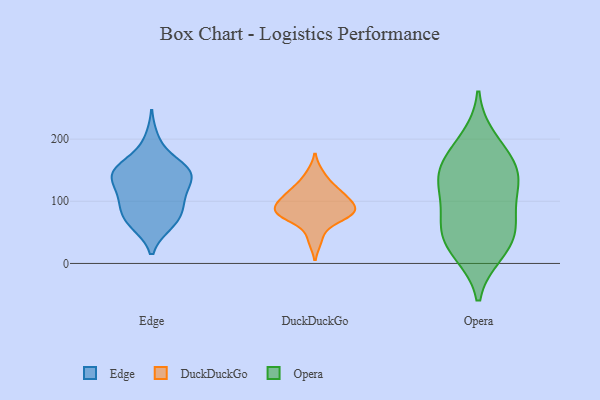
{"axis": {"x": "Net Income (USD K)", "y": "Value"}, "legend": ["DuckDuckGo", "Edge", "Opera"], "data": [{"x": "", "y": 164, "type": "Edge"}, {"x": "", "y": 140, "type": "Edge"}, {"x": "", "y": 150, "type": "Edge"}, {"x": "", "y": 150, "type": "Edge"}, {"x": "", "y": 141, "type": "Edge"}, {"x": "", "y": 79, "type": "Edge"}, {"x": "", "y": 62, "type": "Edge"}, {"x": "", "y": 66, "type": "Edge"}, {"x": "", "y": 107, "type": "Edge"}, {"x": "", "y": 156, "type": "Edge"}, {"x": "", "y": 146, "type": "Edge"}, {"x": "", "y": 126, "type": "Edge"}, {"x": "", "y": 127, "type": "Edge"}, {"x": "", "y": 200, "type": "Edge"}, {"x": "", "y": 90, "type": "Edge"}, {"x": "", "y": 92, "type": "Edge"}, {"x": "", "y": 104, "type": "Edge"}, {"x": "", "y": 62, "type": "Edge"}, {"x": "", "y": 85, "type": "DuckDuckGo"}, {"x": "", "y": 98, "type": "DuckDuckGo"}, {"x": "", "y": 81, "type": "DuckDuckGo"}, {"x": "", "y": 108, "type": "DuckDuckGo"}, {"x": "", "y": 77, "type": "DuckDuckGo"}, {"x": "", "y": 82, "type": "DuckDuckGo"}, {"x": "", "y": 95, "type": "DuckDuckGo"}, {"x": "", "y": 144, "type": "DuckDuckGo"}, {"x": "", "y": 73, "type": "DuckDuckGo"}, {"x": "", "y": 119, "type": "DuckDuckGo"}, {"x": "", "y": 118, "type": "DuckDuckGo"}, {"x": "", "y": 38, "type": "DuckDuckGo"}, {"x": "", "y": 155, "type": "Opera"}, {"x": "", "y": 48, "type": "Opera"}, {"x": "", "y": 20, "type": "Opera"}, {"x": "", "y": 114, "type": "Opera"}, {"x": "", "y": 175, "type": "Opera"}, {"x": "", "y": 129, "type": "Opera"}, {"x": "", "y": 47, "type": "Opera"}, {"x": "", "y": 78, "type": "Opera"}, {"x": "", "y": 200, "type": "Opera"}, {"x": "", "y": 150, "type": "Opera"}, {"x": "", "y": 133, "type": "Opera"}, {"x": "", "y": 66, "type": "Opera"}, {"x": "", "y": 17, "type": "Opera"}]}